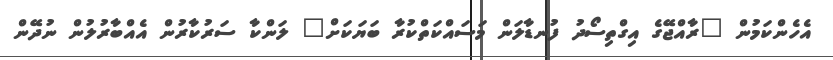
އެހެންކަމުން "ރާއްޖޭގެ އިގްތިސޯދު ފުނޑާލަން މަސައްކަތްކުރާ ބަޔަކަށް" ލަންކާ ސަރުކާރުން އެއްބާރުލުން ނުދޭން